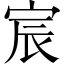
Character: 宸